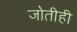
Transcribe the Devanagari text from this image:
जोतीही